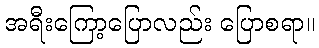
အရီးကြော့ပြောလည်း ပြောစရာ။